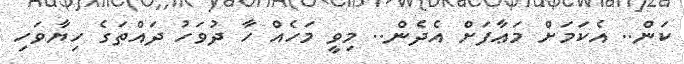
ކަން.. އެކަމަށް މަޢާފަށް އެދެން.. މިވީ މަހެއް ހާ ދުވަހު ދައްތަގެ ހިޔާވަހި